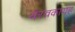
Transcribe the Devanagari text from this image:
भैरवकायह